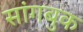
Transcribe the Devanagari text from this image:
सांगबुक